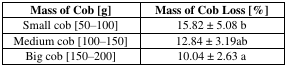
<table><thead><tr><td><b>Mass of Cob [g]</b></td><td><b>Mass of Cob Loss [%]</b></td></tr></thead><tbody><tr><td>Small cob [50–100]</td><td>15.82 ± 5.08 b</td></tr><tr><td>Medium cob [100–150]</td><td>12.84 ± 3.19ab</td></tr><tr><td>Big cob [150–200]</td><td>10.04 ± 2.63 a</td></tr></tbody></table>